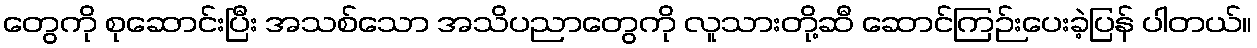
တွေကို စုဆောင်းပြီး အသစ်သော အသိပညာတွေကို လူသားတို့ဆီ ဆောင်ကြဉ်းပေးခဲ့ပြန် ပါတယ်။